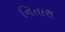
નિતારા